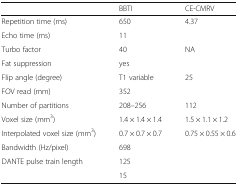
<table><thead><tr><td>[EMPTY_CELL]</td><td><b>BBTI</b></td><td><b>CE-CMRV</b></td></tr></thead><tbody><tr><td>Repetition time (ms)</td><td>650</td><td>4.37</td></tr><tr><td>Echo time (ms)</td><td>11</td><td>[EMPTY_CELL]</td></tr><tr><td>Turbo factor</td><td>40</td><td>NA</td></tr><tr><td>Fat suppression</td><td>yes</td><td>[EMPTY_CELL]</td></tr><tr><td>Flip angle (degree)</td><td>T1 variable</td><td>25</td></tr><tr><td>FOV read (mm)</td><td>352</td><td>[EMPTY_CELL]</td></tr><tr><td>Number of partitions</td><td>208–256</td><td>112</td></tr><tr><td>Voxel size (mm<sup>3</sup>)</td><td>1.4 × 1.4 × 1.4</td><td>1.5 × 1.1 × 1.2</td></tr><tr><td>Interpolated voxel size (mm<sup>3</sup>)</td><td>0.7 × 0.7 × 0.7</td><td>0.75 × 0.55 × 0.6</td></tr><tr><td>Bandwidth (Hz/pixel)</td><td>698</td><td>[EMPTY_CELL]</td></tr><tr><td>DANTE pulse train length</td><td>125</td><td>[EMPTY_CELL]</td></tr><tr><td>[EMPTY_CELL]</td><td>15</td><td>[EMPTY_CELL]</td></tr></tbody></table>